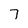
Character: 7